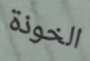
الخوذة